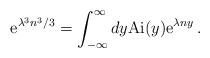
LaTeX: \begin{align*} \mathrm{e}^{\lambda^3 n^3/3} = \int_{-\infty}^\infty dy \mathrm{Ai} (y) \mathrm{e}^{\lambda n y} \,.\end{align*}